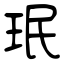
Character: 珉